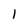
Character: l